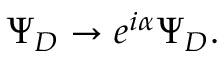
\Psi _ { D } \to e ^ { i \alpha } \Psi _ { D } .